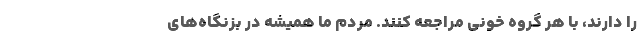
را دارند، با هر گروه خونی مراجعه کنند. مردم ما همیشه در بزنگاه‌های